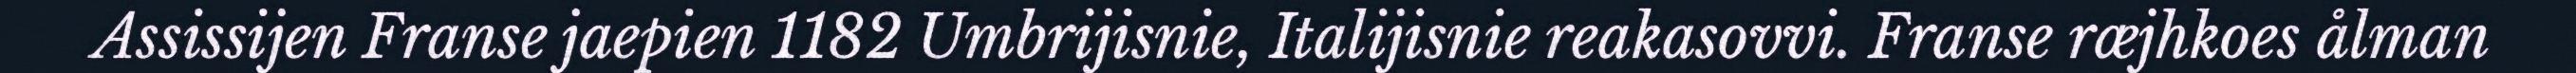
Assissijen Franse jaepien 1182 Umbrijisnie, Italijisnie reakasovvi. Franse ræjhkoes ålman